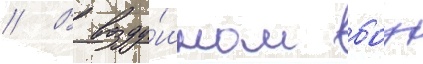
// В возду́шном боу